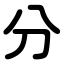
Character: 分